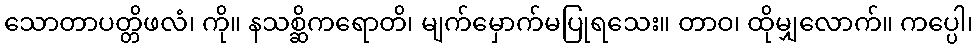
သောတာပတ္တိဖလံ၊ ကို။ နသစ္ဆိကရောတိ၊ မျက်မှောက်မပြုရသေး။ တာဝ၊ ထိုမျှလောက်။ ကပ္ပေါ၊